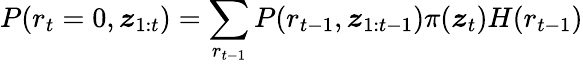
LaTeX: P(r_{t}=0,\boldsymbol{\mathit{z}}_{1:t})=\sum_{r_{t-1}}P(r_{t-1},\boldsymbol{\mathit{z}}_{1:t-1})\pi(\boldsymbol{\mathit{z}}_{t})H(r_{t-1})